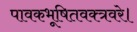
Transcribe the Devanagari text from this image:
पावकभूषितवक्त्रवरे।